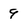
Character: 9